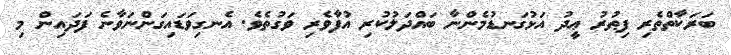
ބަރަކާތްތެރި ފިޠުރު ޢީދު އަޅުގަނޑުމެންނާ ބައްދަލުކުރި އުފާވެރި ވަގުތެވެ. އެނގިވަޑައިގަންނަވާނެ ފަދައިން މި